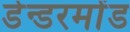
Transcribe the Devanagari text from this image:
डेन्डरमोंड